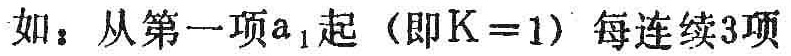
如：从第一项\(a_{1}\)起（即\(K = 1\)）每连续3项